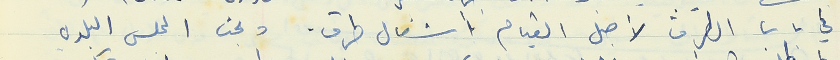
في باب الطرق لأجل القيام بأشغال طرق . وبحث المجلس البلدي